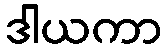
ဒါယကာ